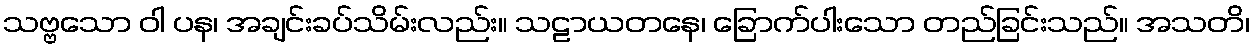
သဗ္ဗသော ဝါ ပန၊ အချင်းခပ်သိမ်းလည်း။ သဠာယတနေ၊ ခြောက်ပါးသော တည်ခြင်းသည်။ အသတိ၊